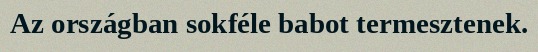
Az országban sokféle babot termesztenek.